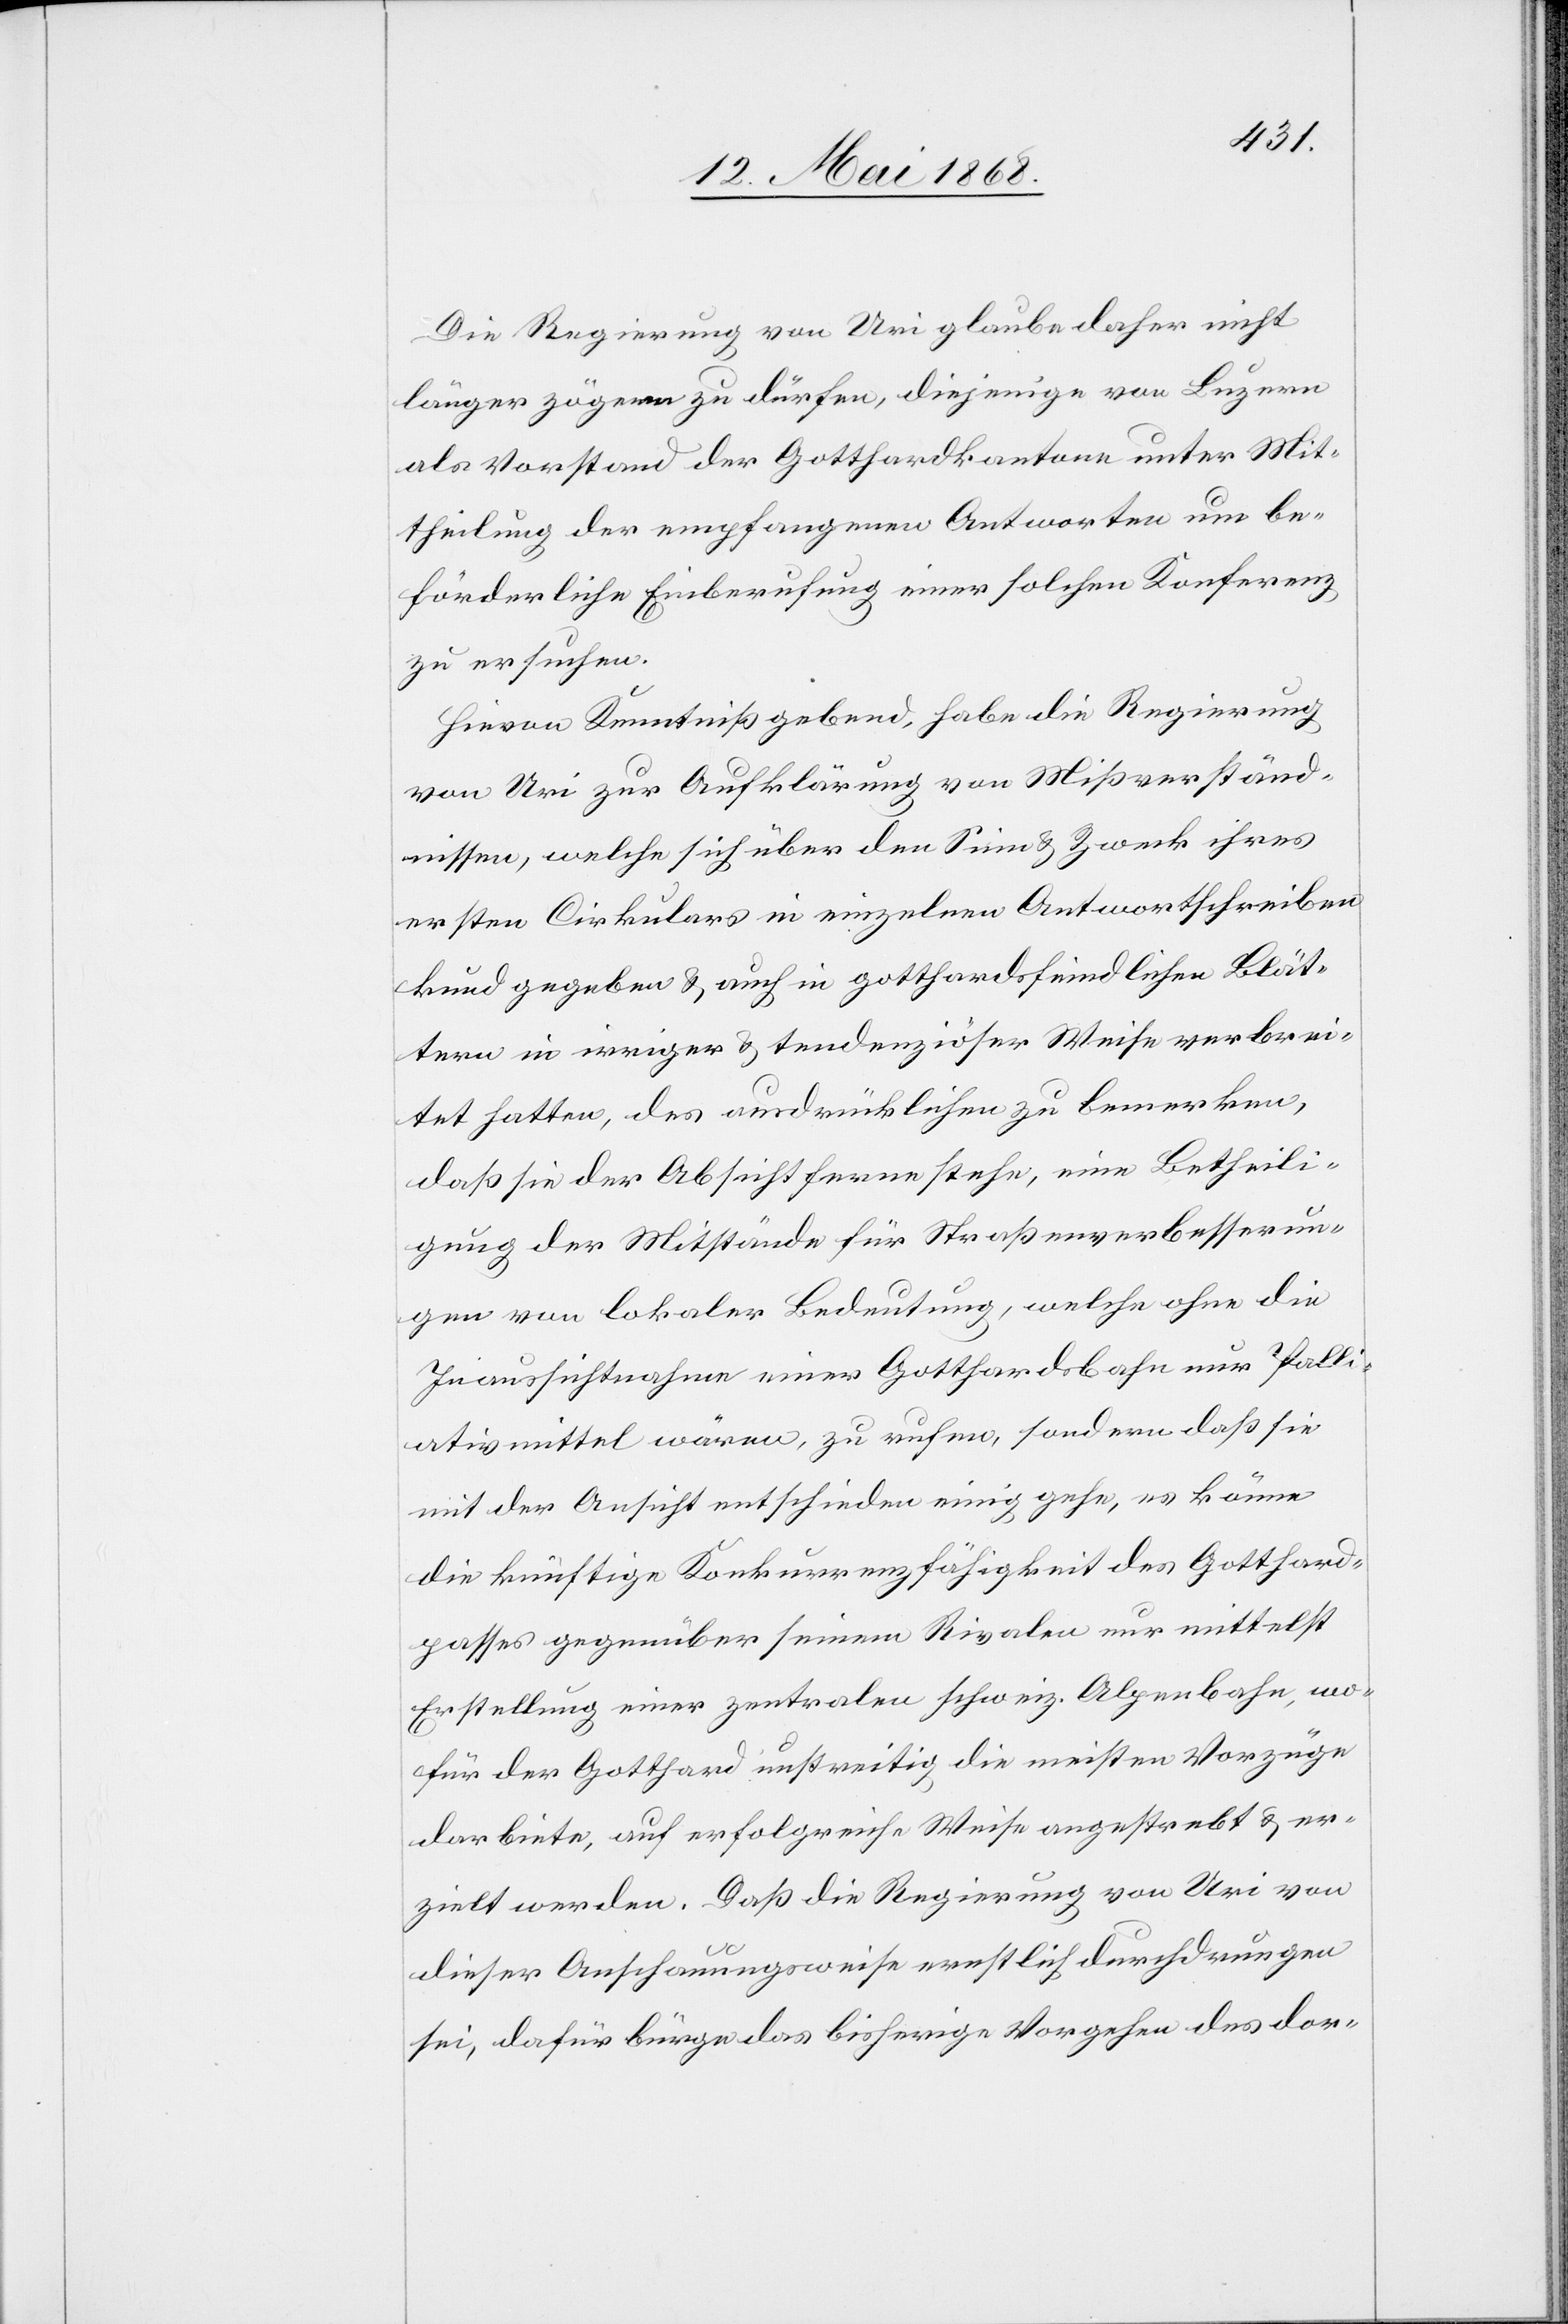
Die Regierung von Uri glaube daher nicht
länger zögern zu dürfen, diejenige von Luzern
als Vorstand der Gotthardkantone unter Mit¬
theilung der empfangenen Antworten um be¬
förderliche Einberufung einer solchen Konferenz
zu ersuchen.
Hievon Kenntniß gebend, habe die Regierung
von Uri zur Aufklärung von Mißverständ¬
nissen, welche sich über den Sinn & Zweck ihres
ersten Cirkulars in einzelnen Antwortschreiben
kund gegeben & auch in gotthardsfeindlichen Blät¬
tern in irriger & tendenziöser Weise verbrei¬
tet hatten, des ausdrücklichen zu bemerken,
daß sie der Absicht ferne stehe, eine Betheili¬
gung der Mitstände für Straßenverbesserun¬
gen von lokaler Bedeutung, welche ohne die
Inaussichtnahme einer Gotthardsbahn nur Palli¬
ativmittel wären, zu rufen, sondern daß sie
mit der Ansicht entschieden einig gehe, es könne
die künftige Konkurrenzfähigkeit des Gotthard¬
passes gegenüber seinem Rivalen nur mittelst
Erstellung einer zentralen schweiz. Alpenbahn, wo¬
für der Gotthard unstreitig die meisten Vorzüge
darbiete, auf erfolgreiche Weise angestrebt & er¬
zielt werden. Daß die Regierung von Uri von
dieser Anschauungsweise ernstlich durchdrungen
sei, dafür bürge das bisherige Vorgehen des dor-